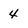
Character: 4